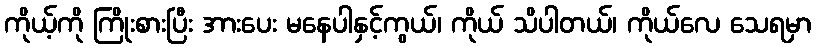
ကိုယ့်ကို ကြိုးစားပြီး အားပေး မနေပါနှင့်ကွယ်၊ ကိုယ် သိပါတယ်၊ ကိုယ်လေ သေရမှာ